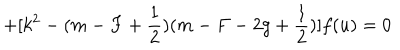
+ [ k ^ { 2 } - ( m - F + \frac 1 2 ) ( m - F - 2 g + \frac 1 2 ) ] f ( u ) = 0